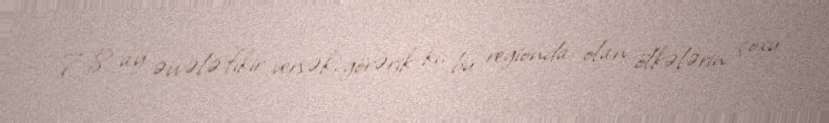
7-8 ay əvvələ fikir versək, görərik ki, bu regionda olan ölkələrin çoxu